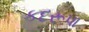
કદરૂપા